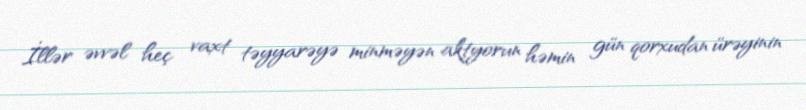
İllər əvvəl heç vaxt təyyarəyə minməyən aktyorun həmin gün qorxudan ürəyinin